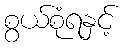
စွယ်စုံရနှင့်